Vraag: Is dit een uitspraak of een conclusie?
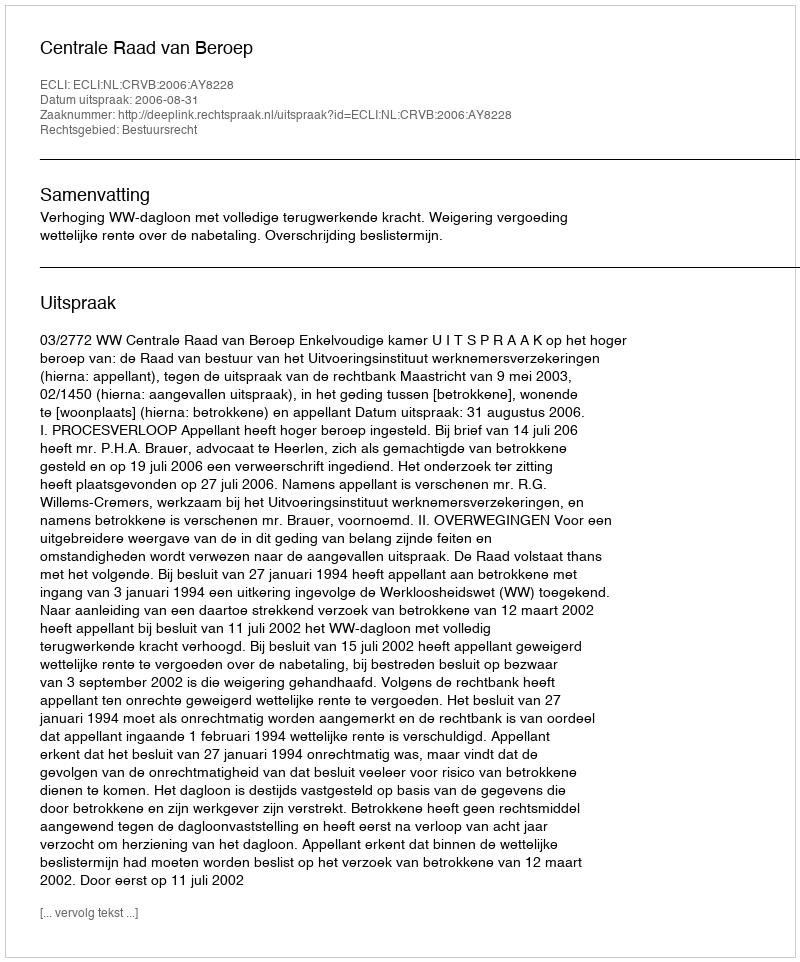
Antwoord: Uitspraak